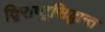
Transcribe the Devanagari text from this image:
द्विराष्ट्रसिद्धान्त